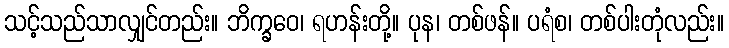
သင့်သည်သာလျှင်တည်း။ ဘိက္ခဝေ၊ ရဟန်းတို့။ ပုန၊ တစ်ဖန်။ ပရံစ၊ တစ်ပါးတုံလည်း။